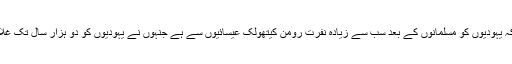
ہم جانتے ہیں کہ یہودیوں کو مسلمانوں کے بعد سب سے زیادہ نفرت رومن کیتھولک عیسائیوں سے ہے جنہوں نے یہودیوں کو دو ہزار سال تک غلام بنا کر رکھا۔